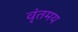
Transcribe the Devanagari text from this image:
वृंतमय